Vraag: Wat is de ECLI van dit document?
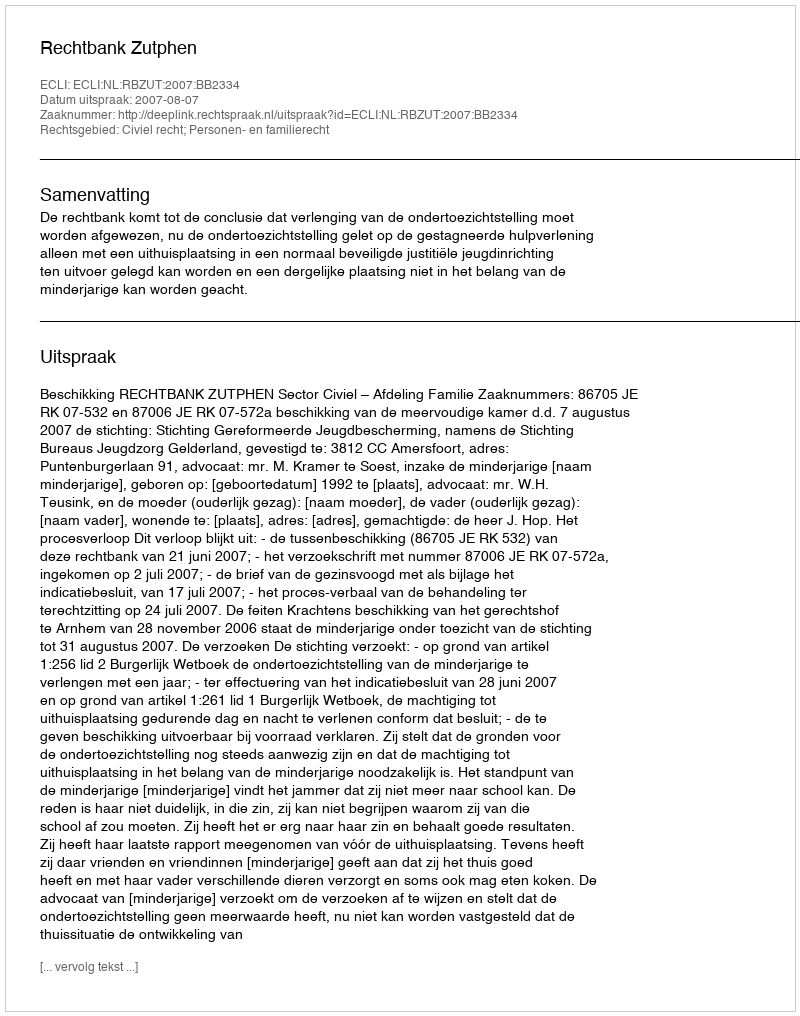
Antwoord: ECLI:NL:RBZUT:2007:BB2334